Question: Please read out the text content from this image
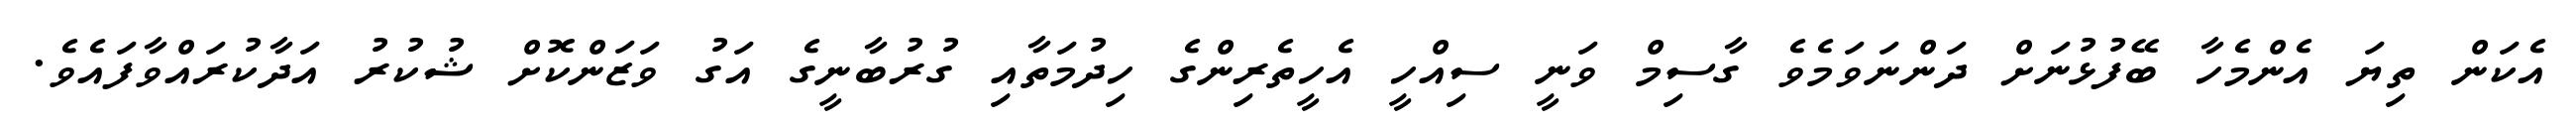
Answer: އެކަން ތިޔަ އެންމެހާ ބޭފުޅުނަށް ދަންނަވަމެވެ ގާސިމް ވަނީ ސިއްހީ އެހީތެރިންގެ ހިދުމަތާއި ގުރުބާނީގެ އަގު ވަޒަންކޮށް ޝުކުރު އަދާކުރައްވާފައެވެ.